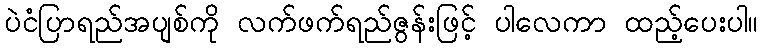
ပဲငံပြာရည်အပျစ်ကို လက်ဖက်ရည်ဇွန်းဖြင့် ပါလေကာ ထည့်ပေးပါ။